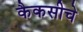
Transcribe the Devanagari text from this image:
कैकसीचे